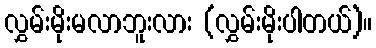
လွှမ်းမိုးမလာဘူးလား (လွှမ်းမိုးပါတယ်)။